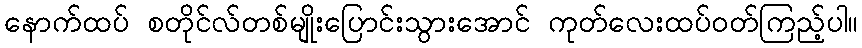
နောက်ထပ် စတိုင်လ်တစ်မျိုးပြောင်းသွားအောင် ကုတ်လေးထပ်ဝတ်ကြည့်ပါ။